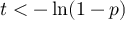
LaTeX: t < - \ln ( 1 - p )